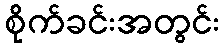
စိုက်ခင်းအတွင်း